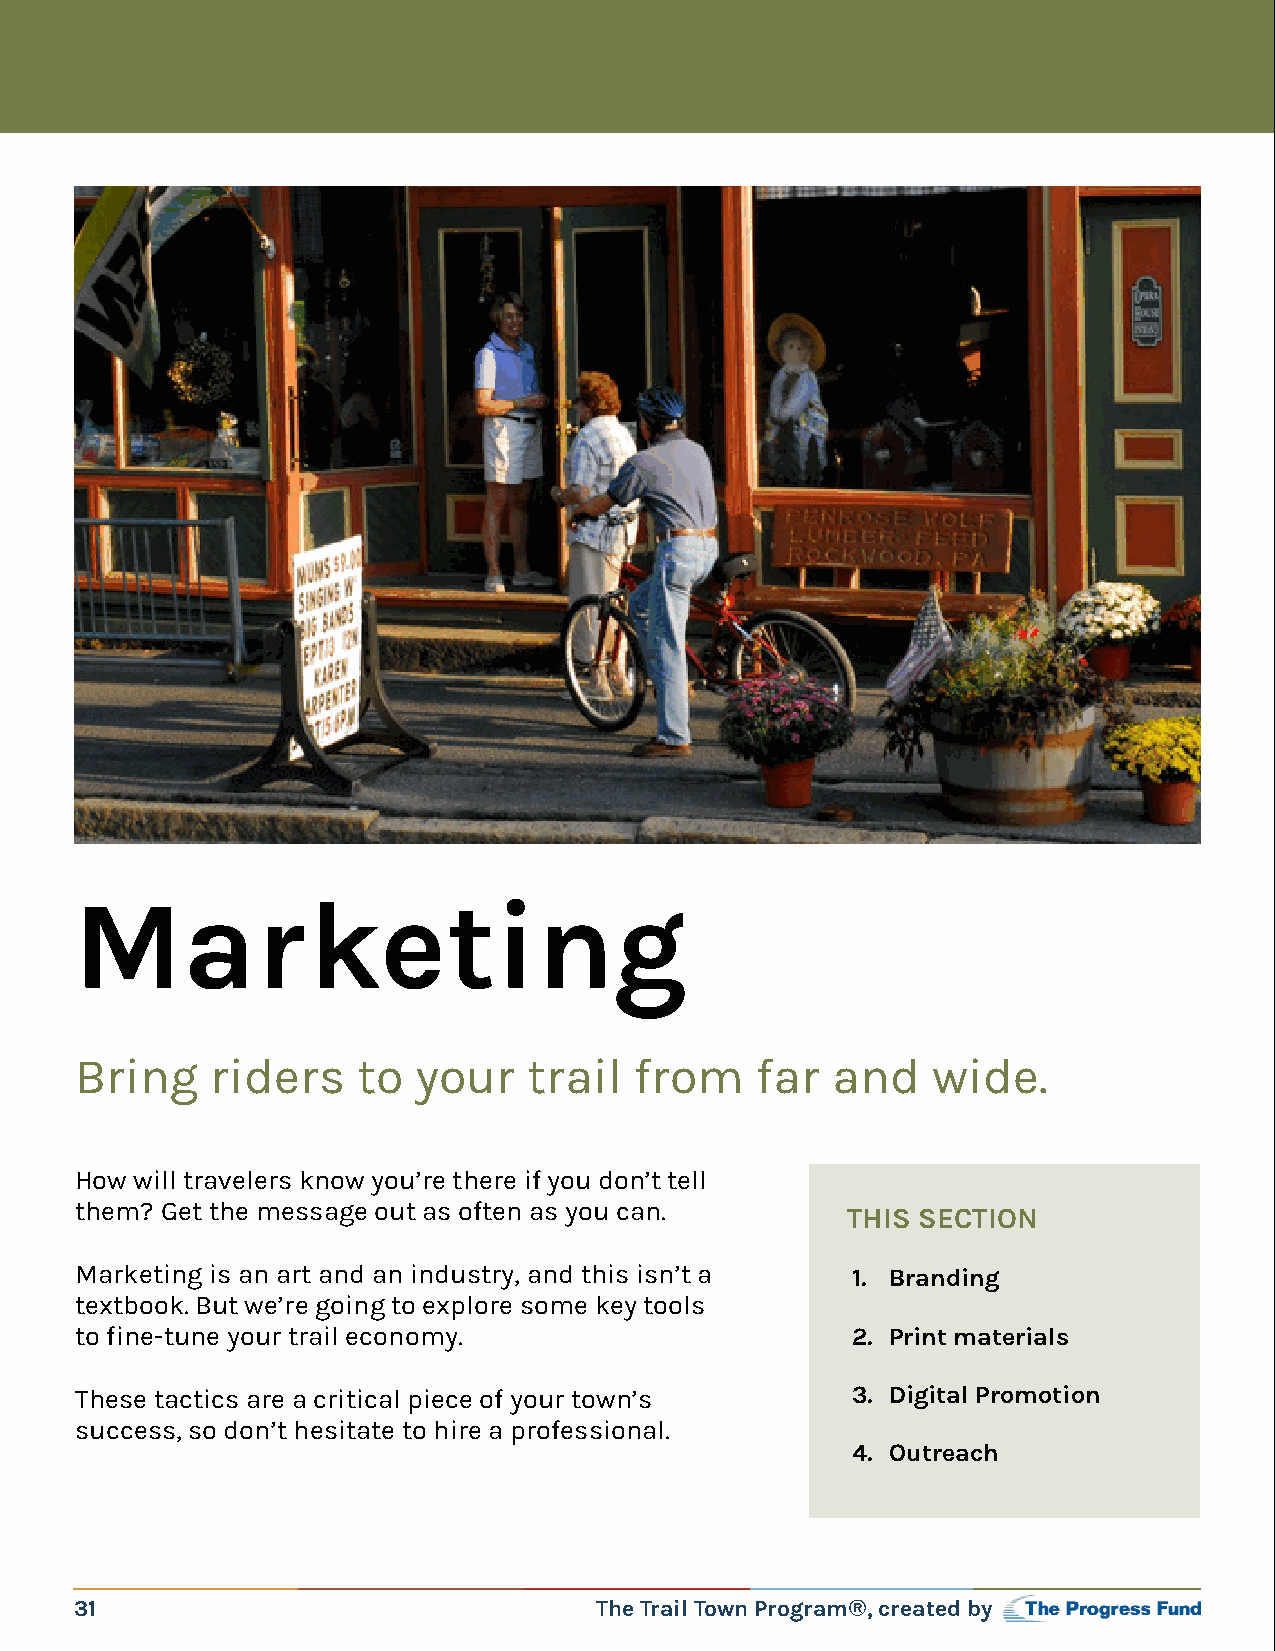
Marketing
 Bring    riders    to your    trail  from    far  and    wide.
 How will travelers know you’re there if you don’t tell
 them? Get the message out as often as you can.
 THIS SECTION
 Marketing is an art and an industry, and this isn’t a 1. Branding
 textbook. But we’re going to explore some key tools
 to fine-tune your trail economy.                   2. Print materials
 These tactics are a critical piece of your town’s  3. Digital Promotion
 success, so don’t hesitate to hire a professional.
 4. Outreach
 31                                The Trail Town Program®, created by